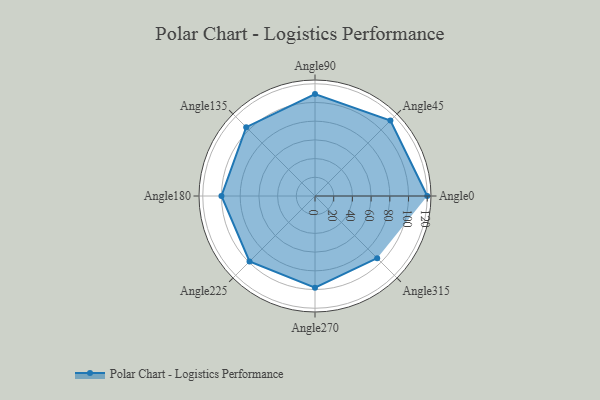
{"axis": {"x": "Angle", "y": "Radius"}, "legend": [""], "data": [{"x": "Angle0", "y": 120.0, "type": ""}, {"x": "Angle45", "y": 114.0, "type": ""}, {"x": "Angle90", "y": 109.0, "type": ""}, {"x": "Angle135", "y": 104.0, "type": ""}, {"x": "Angle180", "y": 100.0, "type": ""}, {"x": "Angle225", "y": 99.0, "type": ""}, {"x": "Angle270", "y": 98.0, "type": ""}, {"x": "Angle315", "y": 94.0, "type": ""}]}